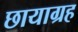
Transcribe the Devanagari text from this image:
छायाग्रह